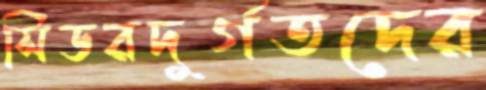
সিডরদুর্গতদের